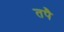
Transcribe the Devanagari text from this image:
तपै